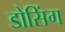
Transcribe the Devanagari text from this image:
डोसिंग